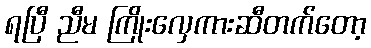
ရပြီ ညီမ ကြိုးလှေကားဆီတက်တော့